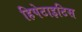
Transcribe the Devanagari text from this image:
हिपेटाइटिस